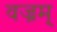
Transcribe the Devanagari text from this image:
वज्रम्